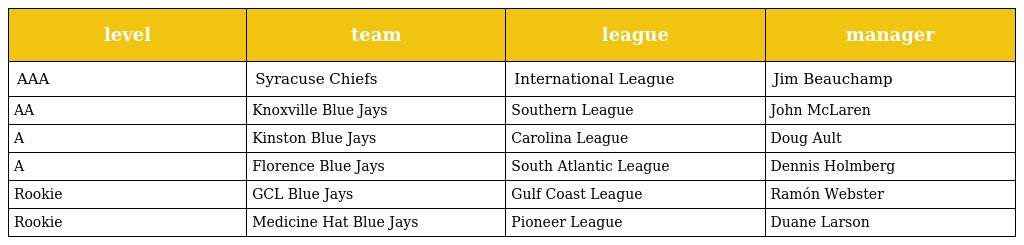
| level | team | league | manager |
 | --- | --- | --- | --- |
 | AAA | Syracuse Chiefs | International League | Jim Beauchamp |
 | AA | Knoxville Blue Jays | Southern League | John McLaren |
 | A | Kinston Blue Jays | Carolina League | Doug Ault |
 | A | Florence Blue Jays | South Atlantic League | Dennis Holmberg |
 | Rookie | GCL Blue Jays | Gulf Coast League | Ramón Webster |
 | Rookie | Medicine Hat Blue Jays | Pioneer League | Duane Larson |